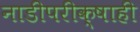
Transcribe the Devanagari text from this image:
नाडीपरीक्षाही